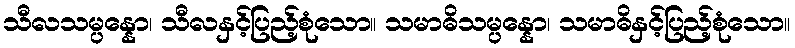
သီလသမ္ပန္နော၊ သီလနှင့်ပြည့်စုံသော။ သမာဓိသမ္ပန္နော၊ သမာဓိနှင့်ပြည့်စုံသော။